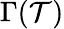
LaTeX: \Gamma(\mathcal{T})